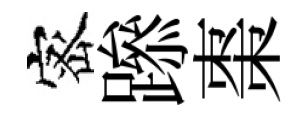
宻𨅶棗